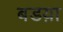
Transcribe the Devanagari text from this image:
बडय़ा